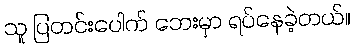
သူ ပြတင်းပေါက် ဘေးမှာ ရပ်နေခဲ့တယ်။